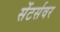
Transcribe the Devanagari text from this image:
सेंटर्सवर